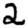
Digit: 2